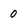
Character: 0